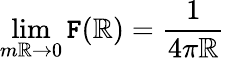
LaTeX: \operatorname*{lim}_{m\mathbb{R}\rightarrow0}{\cal\mathtt{F}}(\mathbb{R})=\frac{{1}}{{4\pi\mathbb{R}}}